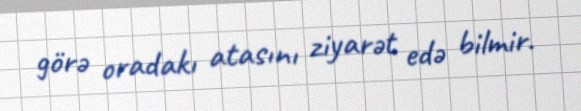
görə oradakı atasını ziyarət edə bilmir.